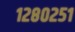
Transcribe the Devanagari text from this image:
१२८०२५१